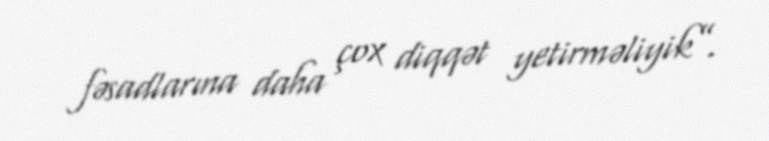
fəsadlarına daha çox diqqət yetirməliyik”.